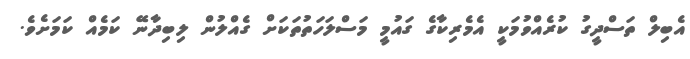
އެބިލް ތަސްދީގު ކުރެއްވުމަކީ އެމެރިކާގެ ގައުމީ މަސްލަހަތުތަކަށް ގެއްލުން ލިބިދާނޭ ކަމެއް ކަމަށެވެ.